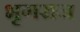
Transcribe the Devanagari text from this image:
भृगराज